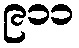
၉၁၁